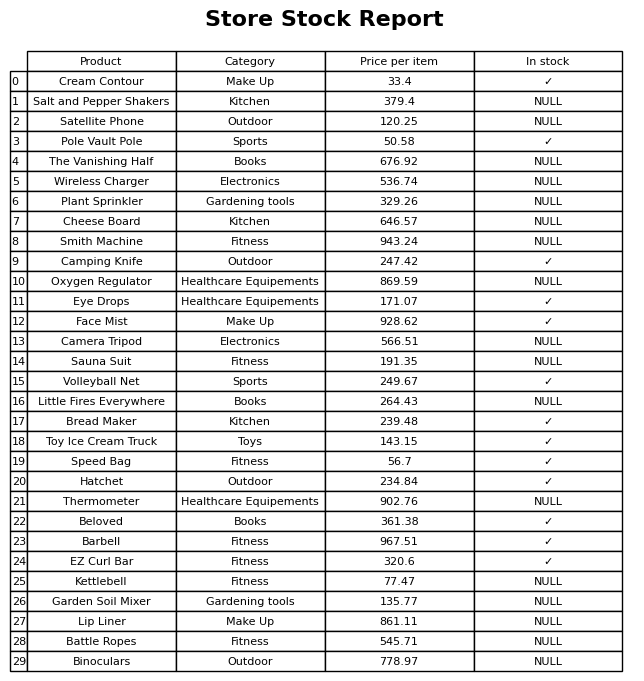
question: What is the stock status of the Satellite Phone?
answer: NULL